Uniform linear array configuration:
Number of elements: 12
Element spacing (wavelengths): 1
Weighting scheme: hann
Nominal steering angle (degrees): -45
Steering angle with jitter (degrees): -43.309
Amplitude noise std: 0.05
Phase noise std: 0.05

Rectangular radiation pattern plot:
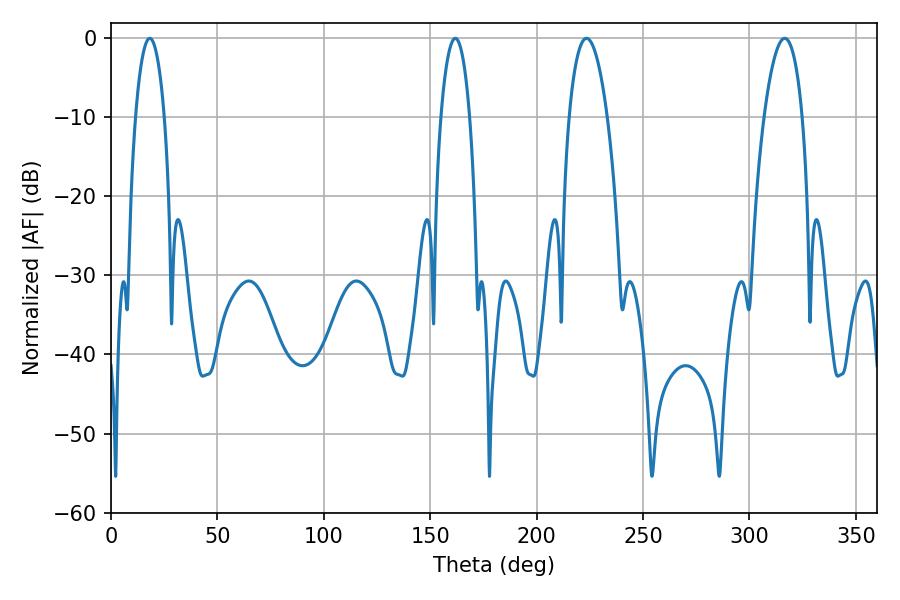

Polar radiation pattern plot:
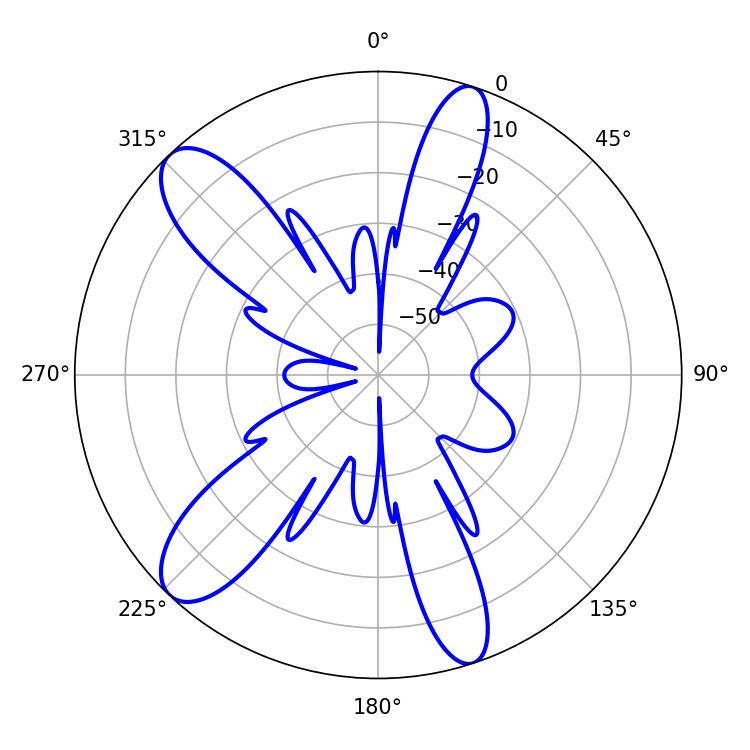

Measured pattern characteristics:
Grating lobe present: TRUE
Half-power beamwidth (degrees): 7.56
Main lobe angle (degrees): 161.82